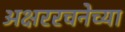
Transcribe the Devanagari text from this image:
अक्षररचनेच्या